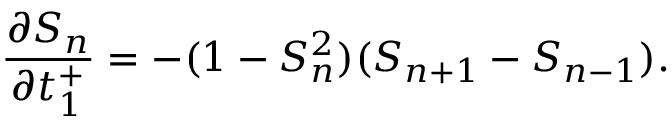
\frac { \partial S _ { n } } { \partial t _ { 1 } ^ { + } } = - ( 1 - S _ { n } ^ { 2 } ) ( S _ { n + 1 } - S _ { n - 1 } ) .